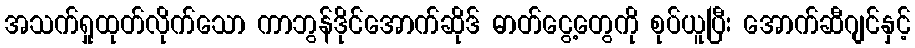
အသက်ရှုထုတ်လိုက်သော ကာဘွန်ဒိုင်အောက်ဆိုဒ် ဓာတ်ငွေ့တွေကို စုပ်ယူပြီး အောက်ဆီဂျင်နှင့်